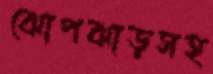
ঝোপঝাড়সহ